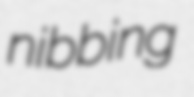
nibbing